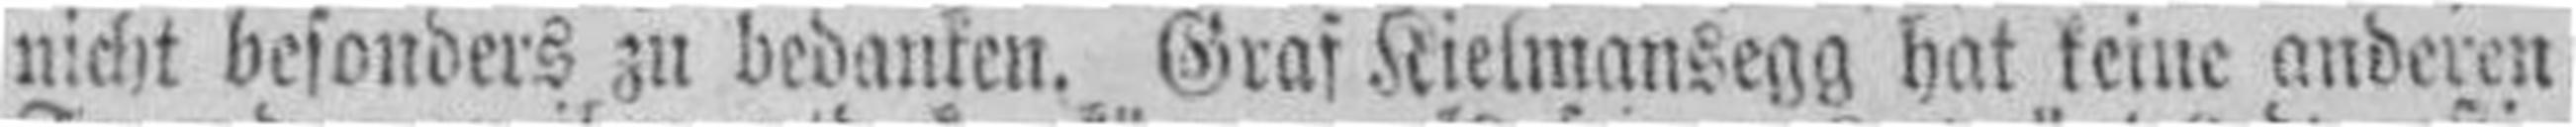
nicht besonders zu bedanken. Graf Kielmansegg hat keine anderen